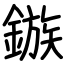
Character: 鏃